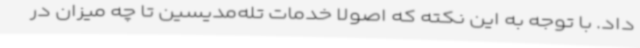
داد. با توجه به این نکته که اصولا خدمات تله‌مدیسین تا چه میزان در